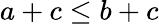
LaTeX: a+c\leq b+c